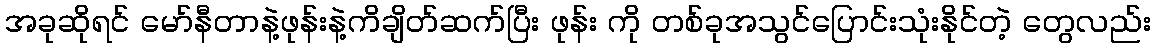
အခုဆိုရင် မော်နီတာနဲ့ဖုန်းနဲ့ကိချိတ်ဆက်ပြီး ဖုန်း ကို တစ်ခုအသွင်ပြောင်းသုံးနိုင်တဲ့ တွေလည်း